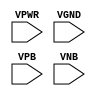
module sky130_fd_sc_ls__tapvgnd2 (
    VPWR,
    VGND,
    VPB ,
    VNB
);

    input VPWR;
    input VGND;
    input VPB ;
    input VNB ;
endmodule